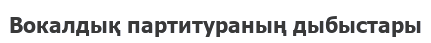
Вокалдық партитураның дыбыстары